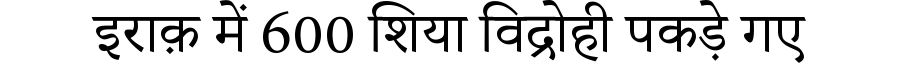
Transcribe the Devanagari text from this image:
इराक़ में 600 शिया विद्रोही पकड़े गए